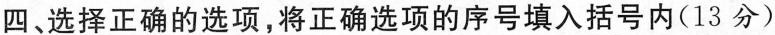
四、选择正确的选项,将正确选项的序号填入括号内(13 分)